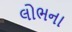
લોભના